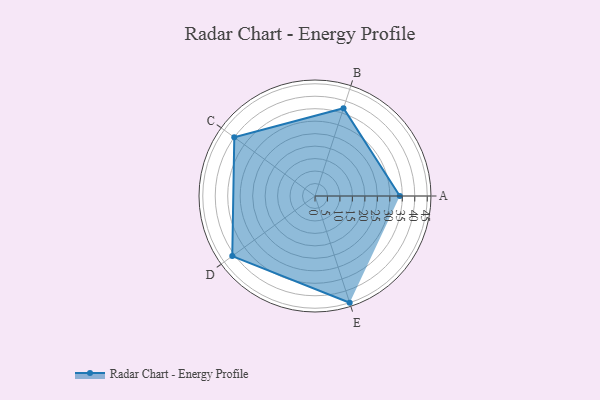
{"axis": {"x": "Skill", "y": "Score"}, "legend": ["Profile"], "data": [{"x": "A", "y": 34.0, "type": "Profile"}, {"x": "B", "y": 37.0, "type": "Profile"}, {"x": "C", "y": 40.0, "type": "Profile"}, {"x": "D", "y": 41.0, "type": "Profile"}, {"x": "E", "y": 45.0, "type": "Profile"}]}